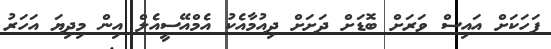
ފަހަކަށް އައިސް ވަރަށް ބޮޑަށް ދަށަށް ދިއުމާއެކު އެމްއޭސީއެލް އިން މިދިޔަ އަހަރު